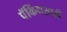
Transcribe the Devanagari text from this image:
पॅकिंगसाठी